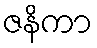
ဇနိကာ